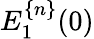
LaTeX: E_{1}^{\{ n\} }(0)